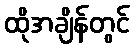
ထိုအချိန်တွင်